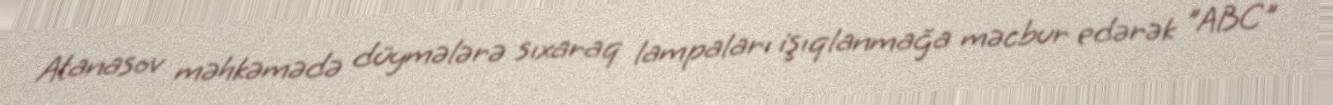
Atanasov məhkəmədə düymələrə sıxaraq lampaları işıqlanmağa məcbur edərək "ABC"